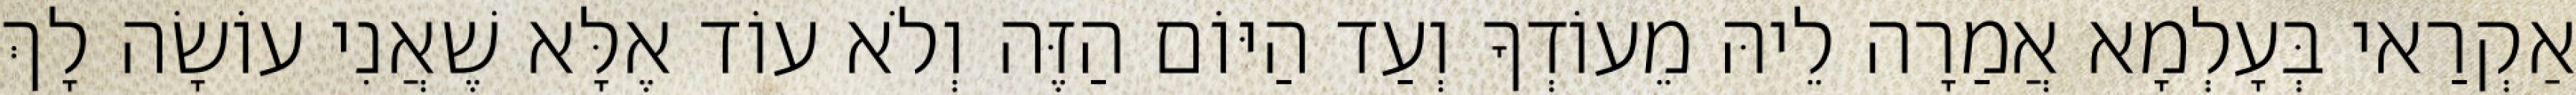
אַקְרַאי בְּעָלְמָא אֲמַרָה לֵיהּ מֵעוֹדְךָ וְעַד הַיּוֹם הַזֶּה וְלֹא עוֹד אֶלָּא שֶׁאֲנִי עוֹשָׂה לָךְ